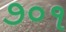
૭૦૧